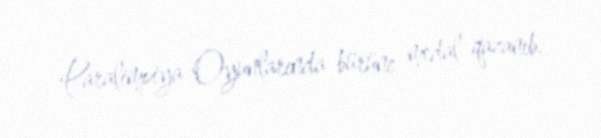
Paralimpiya Oyunlarında bürünc medal qazanıb.